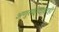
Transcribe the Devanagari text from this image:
अणुस्फोटांवरही